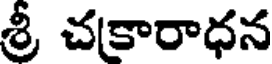
శ్రీ చకారాధన